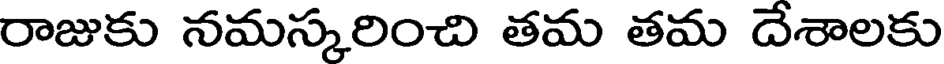
రాజుకు నమస్కరించి తమ తమ దేశాలకు